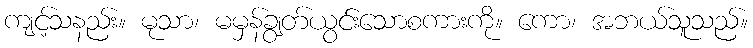
ကျင့်သနည်း။ မုသာ၊ မမှန်ချွတ်ယွင်းသောစကားကို။ ကော၊ အဘယ်သူသည်။